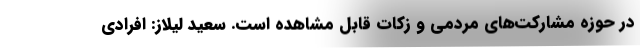
در حوزه مشارکت‌های مردمی و زکات قابل مشاهده است. سعید لیلاز: افرادی